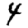
Digit: 4